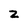
Character: Z